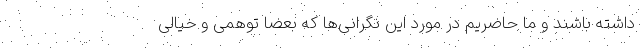
داشته باشند و ما حاضریم در مورد این نگرانی‌ها که بعضا توهمی و خیالی